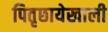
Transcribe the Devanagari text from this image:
पितृछायेखाली